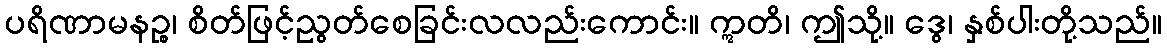
ပရိဏာမနဉ္စ၊ စိတ်ဖြင့်ညွတ်စေခြင်းလလည်းကောင်း။ ဣတိ၊ ဤသို့။ ဒွေ၊ နှစ်ပါးတို့သည်။